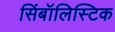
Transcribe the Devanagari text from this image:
सिंबॉलिस्टिक